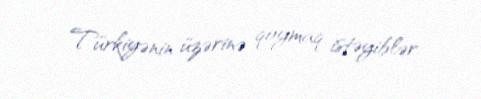
Türkiyənin üzərinə qoymaq istəyiblər.